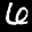
Label: 6